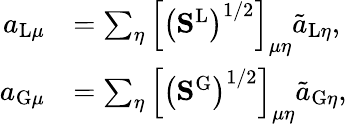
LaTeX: \begin{array}{rl}{a_{\mathrm{L}\mu}}&{=\sum_{\eta}\left[\left(\mathbf{S}^{\mathrm{L}}\right)^{1/2}\right]_{\mu\eta}\tilde{a}_{\mathrm{L}\eta},}\\ {a_{\mathrm{G}\mu}}&{=\sum_{\eta}\left[\left(\mathbf{S}^{\mathrm{G}}\right)^{1/2}\right]_{\mu\eta}\tilde{a}_{\mathrm{G}\eta},}\end{array}